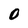
Character: 0